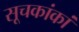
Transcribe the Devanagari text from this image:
सूचकांकां